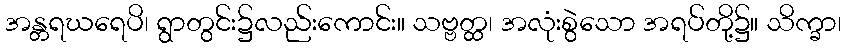
အန္တရဃရေပိ၊ ရွာတွင်း၌လည်းကောင်း။ သဗ္ဗတ္ထ၊ အလုံးစွဲသော အရပ်တို့၌။ သိက္ခာ၊